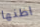
اظنها